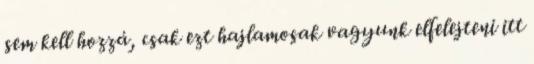
sem kell hozzá, csak ezt hajlamosak vagyunk elfelejteni itt